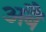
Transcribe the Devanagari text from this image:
अबैं